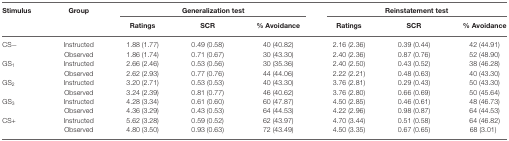
| Stimulus | Group | <COLSPAN=3> Generalization test | <COLSPAN=3> Reinstatement test |
 |  |  | Ratings | SCR | % Avoidance | Ratings | SCR | % Avoidance |
 | --- | --- | --- | --- | --- | --- | --- | --- |
 | CS− | Instructed | 1.88 (1.77) | 0.49 (0.58) | 40 (40.82) | 2.16 (2.36) | 0.39 (0.44) | 42 (44.91) |
 |  | Observed | 1.86 (1.74) | 0.71 (0.67) | 30 (43.30) | 2.40 (2.36) | 0.87 (0.76) | 52 (48.90) |
 | GS1 | Instructed | 2.66 (2.46) | 0.53 (0.56) | 30 (35.36) | 2.40 (2.50) | 0.43 (0.52) | 38 (46.28) |
 |  | Observed | 2.62 (2.93) | 0.77 (0.76) | 44 (44.06) | 2.22 (2.21) | 0.48 (0.63) | 40 (43.30) |
 | GS2 | Instructed | 3.20 (2.71) | 0.53 (0.53) | 40 (43.30) | 3.76 (2.81) | 0.29 (0.43) | 50 (43.30) |
 |  | Observed | 3.24 (2.39) | 0.81 (0.77) | 46 (40.62) | 3.76 (2.80) | 0.66 (0.69) | 50 (45.64) |
 | GS3 | Instructed | 4.28 (3.34) | 0.61 (0.60) | 60 (47.87) | 4.50 (2.85) | 0.46 (0.61) | 48 (46.73) |
 |  | Observed | 4.36 (3.29) | 0.43 (0.53) | 64 (44.53) | 4.22 (2.96) | 0.98 (0.87) | 64 (44.53) |
 | CS+ | Instructed | 5.62 (3.28) | 0.59 (0.52) | 62 (43.97) | 4.70 (3.44) | 0.51 (0.58) | 64 (46.82) |
 |  | Observed | 4.80 (3.50) | 0.93 (0.63) | 72 (43.49) | 4.50 (3.35) | 0.67 (0.65) | 68 (3.01) |